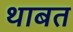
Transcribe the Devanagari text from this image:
थाबत